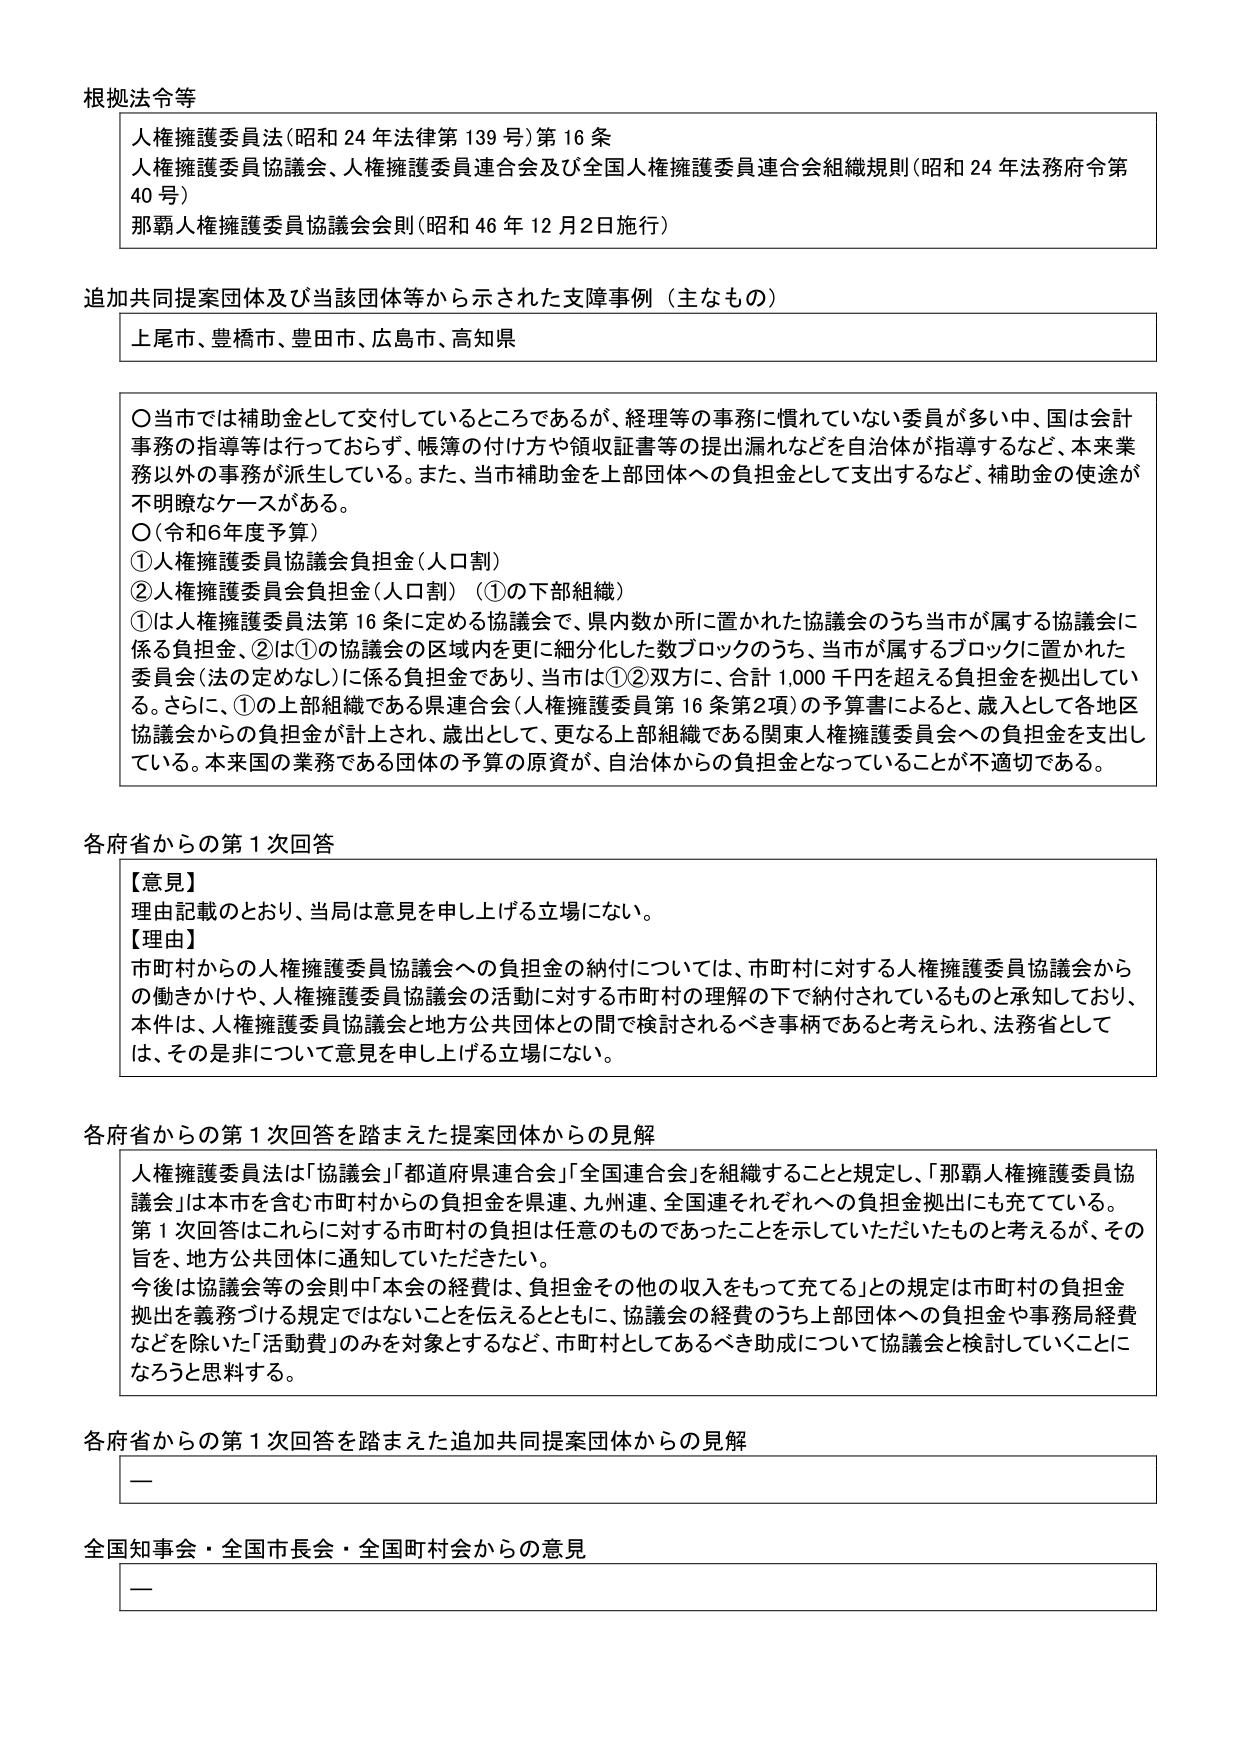
根拠法令等
人権擁護委員法（昭和24年法律第139号）第16条
人権擁護委員協議会、人権擁護委員連合会及び全国人権擁護委員連合会組織規則（昭和24年法務府令第40号）
那覇人権擁護委員協議会会則（昭和46年12月2日施行）

追加共同提案団体及び当該団体等から示された支障事例（主なもの）
上尾市、豊橋市、豊田市、広島市、高知県

〇当市では補助金として交付しているところであるが、経理等の事務に慣れていない委員が多い中、国は会計事務の指導等は行っておらず、帳簿の付け方や領収証書等の提出漏れなどを自治体が指導するなど、本来業務以外の事務が派生している。また、当市補助金を上部団体への負担金として支出するなど、補助金の使途が不明瞭なケースがある。
〇（令和6年度予算）
①人権擁護委員協議会負担金（人口割）
②人権擁護委員会負担金（人口割）（①の下部組織）
①は人権擁護委員法第16条に定める協議会で、県内数か所に置かれた協議会のうち当市が属する協議会に係る負担金、②は①の協議会の区域内を更に細分化した数ブロックのうち、当市が属するブロックに置かれた委員会（法の定めなし）に係る負担金であり、当市は①②双方に、合計1,000千円を超える負担金を拠出している。さらに、①の上部組織である県連合会（人権擁護委員第16条第2項）の予算書によると、歳入として各地区協議会からの負担金が計上され、歳出として、更なる上部組織である関東人権擁護委員会への負担金を支出している。本来国の業務である団体の予算の原資が、自治体からの負担金となっていることが不適切である。

各府省からの第1次回答
【意見】
理由記載のとおり、当局は意見を申し上げる立場にない。
【理由】
市町村からの人権擁護委員協議会への負担金の納付については、市町村に対する人権擁護委員協議会からの働きかけや、人権擁護委員協議会の活動に対する市町村の理解の下で納付されているものと承知しており、本件は、人権擁護委員協議会と地方公共団体との間で検討されるべき事柄であると考えられ、法務省としては、その是非について意見を申し上げる立場にない。

各府省からの第1次回答を踏まえた提案団体からの見解
人権擁護委員法は「協議会」「都道府県連合会」「全国連合会」を組織することと規定し、「那覇人権擁護委員協議会」は本市を含む市町村からの負担金を県連、九州連、全国連それぞれへの負担金拠出にも充てている。第1次回答はこれに対する市町村の負担は任意のものであったことを示していただいたものと考えるが、その旨を、地方公共団体に通知していただきたい。
今後は協議会等の会則中「本会の経費は、負担金その他の収入をもって充てる」との規定は市町村の負担金拠出を義務づける規定ではないことを伝えるとともに、協議会の経費のうち上部団体への負担金や事務局経費などを除いた「活動費」のみを対象とするなど、市町村としてあるべき助成について協議会と検討していくことになろうと思料する。

各府省からの第1次回答を踏まえた追加共同提案団体からの見解
ー

全国知事会・全国市長会・全国町村会からの意見
ー